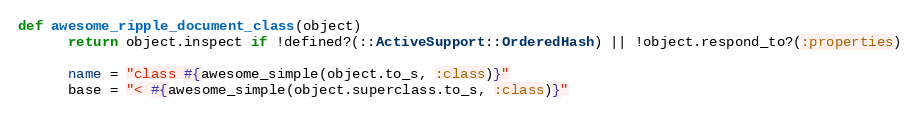
Language: Ruby
def awesome_ripple_document_class(object)
      return object.inspect if !defined?(::ActiveSupport::OrderedHash) || !object.respond_to?(:properties)

      name = "class #{awesome_simple(object.to_s, :class)}"
      base = "< #{awesome_simple(object.superclass.to_s, :class)}"